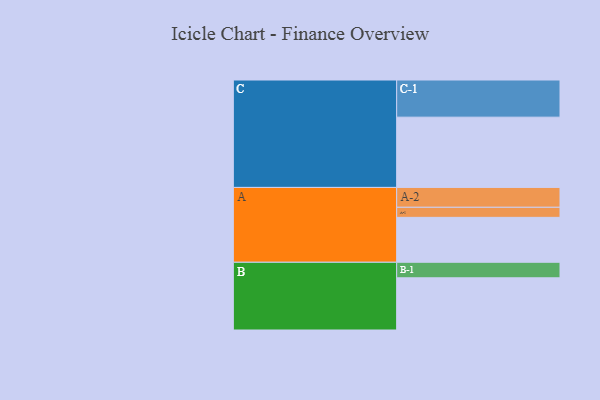
{"axis": {"x": "Segment", "y": "Value"}, "legend": ["", "A", "B", "C"], "data": [{"x": "A", "y": 353, "type": ""}, {"x": "B", "y": 410, "type": ""}, {"x": "C", "y": 552, "type": ""}, {"x": "A-1", "y": 79, "type": "A"}, {"x": "A-2", "y": 156, "type": "A"}, {"x": "B-1", "y": 122, "type": "B"}, {"x": "C-1", "y": 292, "type": "C"}]}